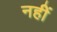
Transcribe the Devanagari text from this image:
नहीें